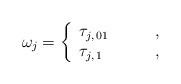
LaTeX: \begin{align*}\omega_j = \left\{\begin{array}{ll}\tau_{j,\,{01}}\qquad&, \\\tau_{j,\,{1}}\qquad&,\end{array}\right.\end{align*}